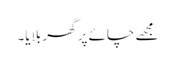
مجھے چائے پر گھر بلایا۔